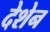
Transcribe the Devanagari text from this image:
देशेन